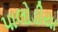
પાલોડીયા